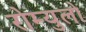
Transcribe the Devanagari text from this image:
रोम्युलो